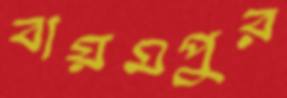
বায়মপুর